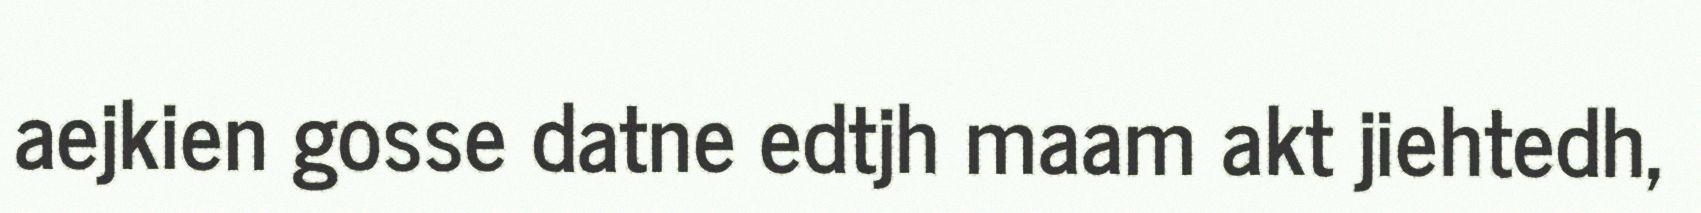
aejkien gosse datne edtjh maam akt jiehtedh,